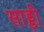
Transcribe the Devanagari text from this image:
साड्डी